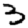
Digit: 3